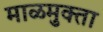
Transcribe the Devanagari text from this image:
माळमुक्ता